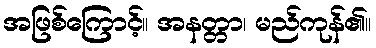
အဖြစ်ကြောင့်။ အနတ္တာ၊ မည်ကုန်၏။